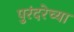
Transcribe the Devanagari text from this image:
पुरंदरेच्या